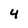
Character: 4